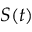
S ( t )